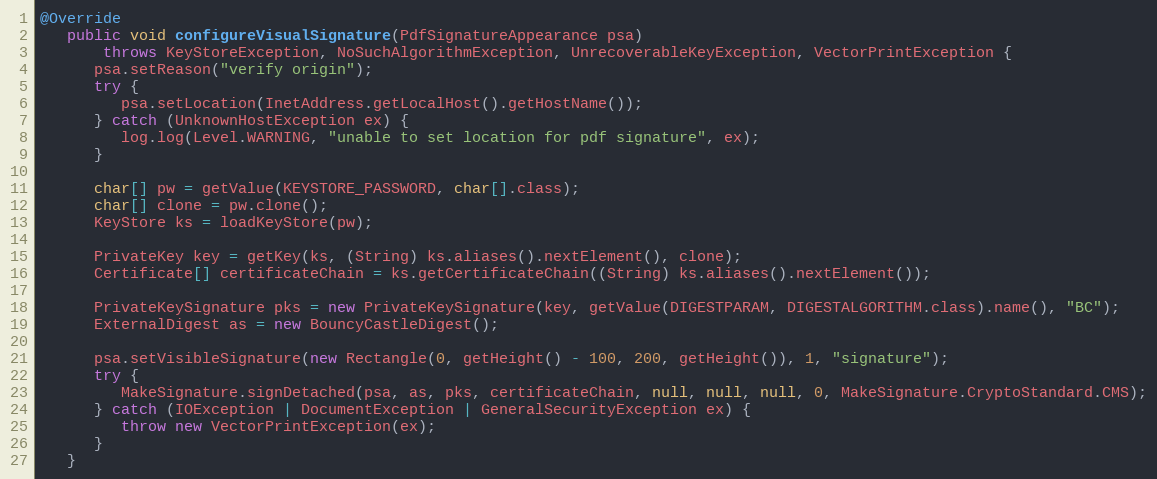
Language: Java
@Override
   public void configureVisualSignature(PdfSignatureAppearance psa)
       throws KeyStoreException, NoSuchAlgorithmException, UnrecoverableKeyException, VectorPrintException {
      psa.setReason("verify origin");
      try {
         psa.setLocation(InetAddress.getLocalHost().getHostName());
      } catch (UnknownHostException ex) {
         log.log(Level.WARNING, "unable to set location for pdf signature", ex);
      }

      char[] pw = getValue(KEYSTORE_PASSWORD, char[].class);
      char[] clone = pw.clone();
      KeyStore ks = loadKeyStore(pw);

      PrivateKey key = getKey(ks, (String) ks.aliases().nextElement(), clone);
      Certificate[] certificateChain = ks.getCertificateChain((String) ks.aliases().nextElement());

      PrivateKeySignature pks = new PrivateKeySignature(key, getValue(DIGESTPARAM, DIGESTALGORITHM.class).name(), "BC");
      ExternalDigest as = new BouncyCastleDigest();

      psa.setVisibleSignature(new Rectangle(0, getHeight() - 100, 200, getHeight()), 1, "signature");
      try {
         MakeSignature.signDetached(psa, as, pks, certificateChain, null, null, null, 0, MakeSignature.CryptoStandard.CMS);
      } catch (IOException | DocumentException | GeneralSecurityException ex) {
         throw new VectorPrintException(ex);
      }
   }